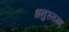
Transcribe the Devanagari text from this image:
धनुस्तम्भ